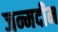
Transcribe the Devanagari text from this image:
जन्मदीन